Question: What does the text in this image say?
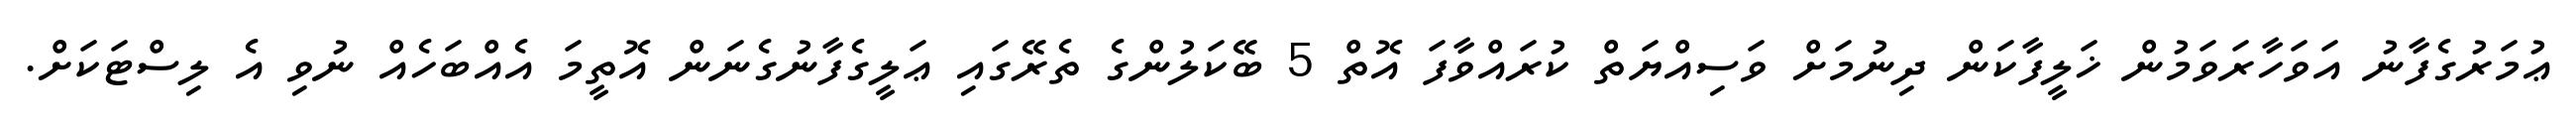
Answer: ޢުމަރުގެފާނު އަވަހާރަވަމުން ޚަލީފާކަން ދިނުމަށް ވަސިއްޔަތް ކުރައްވާފަ އޮތް 5 ބޭކަލުންގެ ތެރޭގައި ޢަލީގެފާނުގެނަން އޮތީމަ އެއްބަހެއް ނުވި އެ ލިސްޓަކަށް.